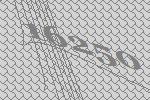
16250